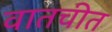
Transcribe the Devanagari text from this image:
वातचीत